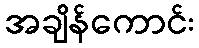
အချိန်ကောင်း